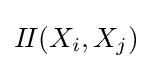
I\!I(X_{i},X_{j})